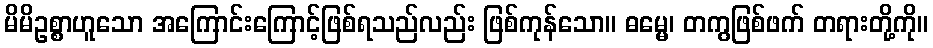
မိမိဥစ္စာဟူသော အကြောင်းကြောင့်ဖြစ်ရသည်လည်း ဖြစ်ကုန်သော။ ဓမ္မေ၊ တကွဖြစ်ဖက် တရားတို့ကို။